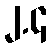
၂.၄